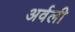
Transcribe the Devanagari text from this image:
अर्वली